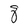
Character: q